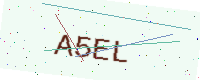
Text: A5EL